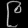
Digit: ၉